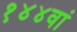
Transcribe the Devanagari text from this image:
१४४वां